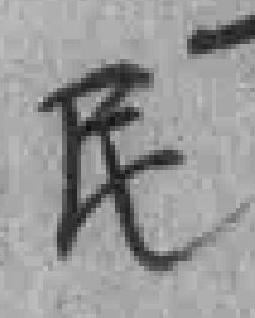
民